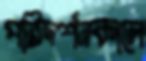
পরিদর্শনকালে